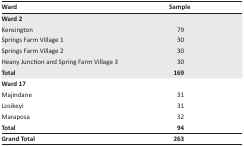
<table><thead><tr><td><b>Ward</b></td><td><b>Sample</b></td></tr></thead><tbody><tr><td colspan="2"><b>Ward 2</b></td></tr><tr><td>Kensington</td><td>79</td></tr><tr><td>Springs Farm Village 1</td><td>30</td></tr><tr><td>Springs Farm Village 2</td><td>30</td></tr><tr><td>Heany Junction and Spring Farm Village 3</td><td>30</td></tr><tr><td><b>Total</b></td><td><b>169</b></td></tr><tr><td colspan="2"><b>Ward 17</b></td></tr><tr><td>Majindane</td><td>31</td></tr><tr><td>Losikeyi</td><td>31</td></tr><tr><td>Maraposa</td><td>32</td></tr><tr><td><b>Total</b></td><td><b>94</b></td></tr><tr><td><b>Grand Total</b></td><td><b>263</b></td></tr></tbody></table>